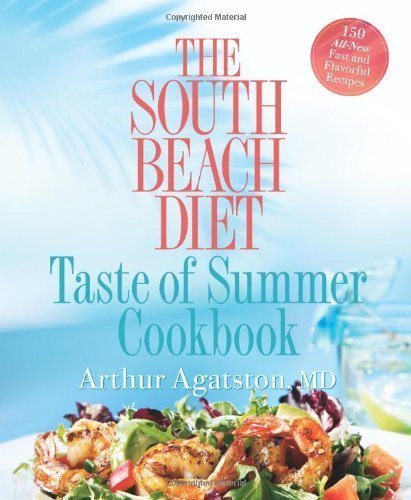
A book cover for The South Beach Diet Taste of Summer Cookbook by Agatston, Arthur (5/15/2007); Arthur Agatston; Health, Fitness & Dieting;